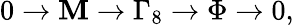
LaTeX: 0\to\mathbf{M}\to\Gamma_{8}\to\Phi\to0,